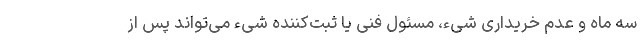
سه ماه و عدم خریداری شیء، مسئول فنی یا ثبت‌کننده شیء می‌تواند پس از